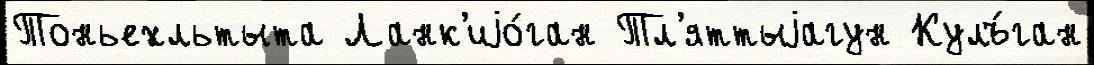
Тоньехльтыта Ланк'иjо́ган Тл'яттыjагун Кулъ́ган